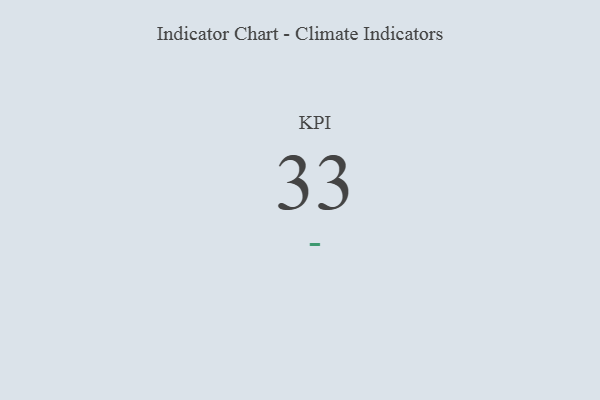
{"axis": {"x": "KPI", "y": "Value"}, "legend": [""], "data": [{"x": "KPI", "y": 33, "type": ""}]}